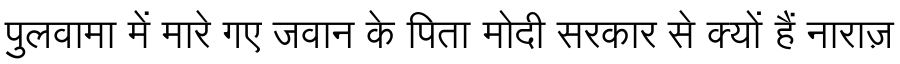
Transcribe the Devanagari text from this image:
पुलवामा में मारे गए जवान के पिता मोदी सरकार से क्यों हैं नाराज़